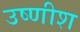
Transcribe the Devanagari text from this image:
उष्णीश